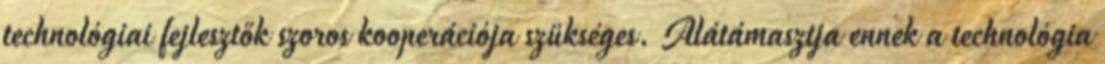
technológiai fejlesztők szoros kooperációja szükséges. Alátámasztja ennek a technológia